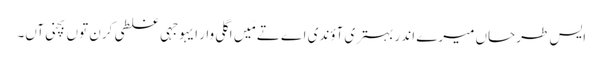
‏ ایس طرحاں میرے اندر بہتری آؤندی اے تے مَیں اگلی وار ایہو جہی غلطی کرن توں بچنی آں۔